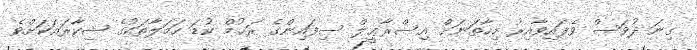
ގިނަ ދުވަސް ވެފައިވާއިރު މިހާތަނަށް އިސްރާޢީލް ސިފައިންގެ ރަޙުމް ކުޑަ ހަމަލާތަކުގެ ޝިކާރައަކަށްވެ